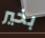
بخير